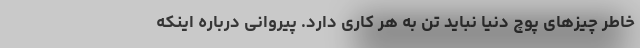
خاطر چیزهای پوچ دنیا نباید تن به هر کاری دارد. پیروانی درباره اینکه